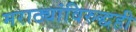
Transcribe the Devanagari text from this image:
मराठ्यांविरुद्धही